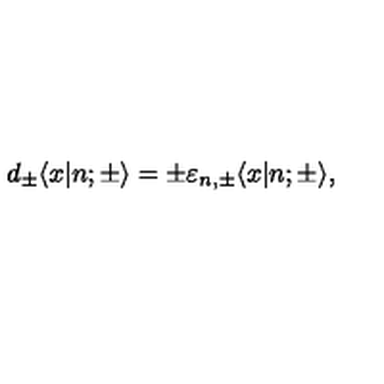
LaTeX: d _ { \pm } \langle x | n ; { \pm } \rangle = \pm \varepsilon _ { n , { \pm } } \langle x | n ; { \pm } \rangle ,